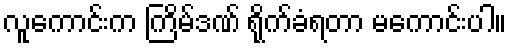
လူကောင်းက ကြိမ်ဒဏ် ရိုက်ခံရတာ မကောင်းပါ။